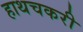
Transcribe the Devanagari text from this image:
हाथचकरी